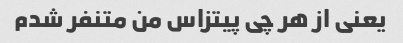
یعنی از هر چی پیتزاس من متنفر شدم